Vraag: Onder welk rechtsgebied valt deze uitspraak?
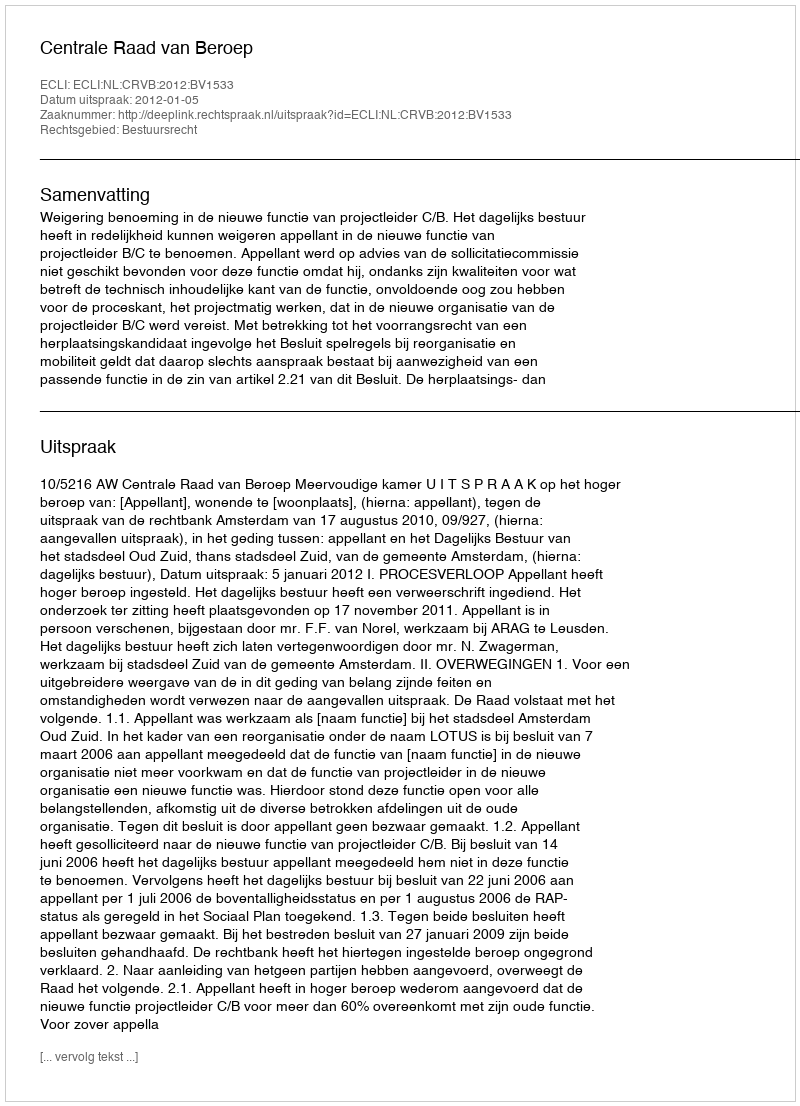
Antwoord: Bestuursrecht